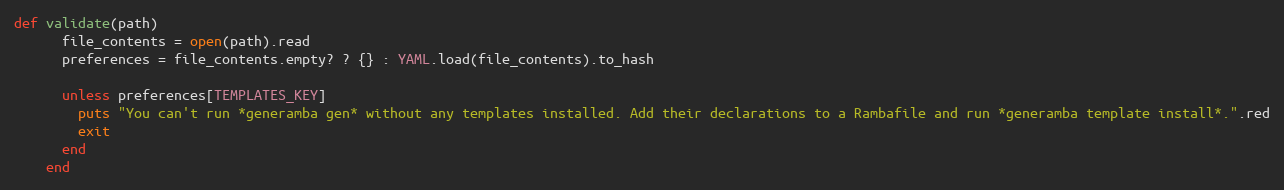
Language: Ruby
def validate(path)
      file_contents = open(path).read
      preferences = file_contents.empty? ? {} : YAML.load(file_contents).to_hash

      unless preferences[TEMPLATES_KEY]
        puts "You can't run *generamba gen* without any templates installed. Add their declarations to a Rambafile and run *generamba template install*.".red
        exit
      end
    end